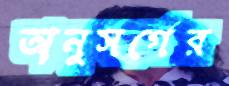
অনুসর্গের